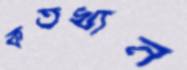
কতখান